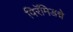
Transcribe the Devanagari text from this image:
पिरॅमिडचे